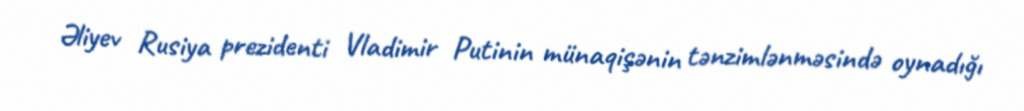
Əliyev Rusiya prezidenti Vladimir Putinin münaqişənin tənzimlənməsində oynadığı